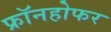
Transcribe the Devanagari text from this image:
फ्रॉनहोफर